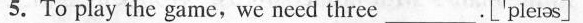
5.To play the game,we need three ___.['pleros]